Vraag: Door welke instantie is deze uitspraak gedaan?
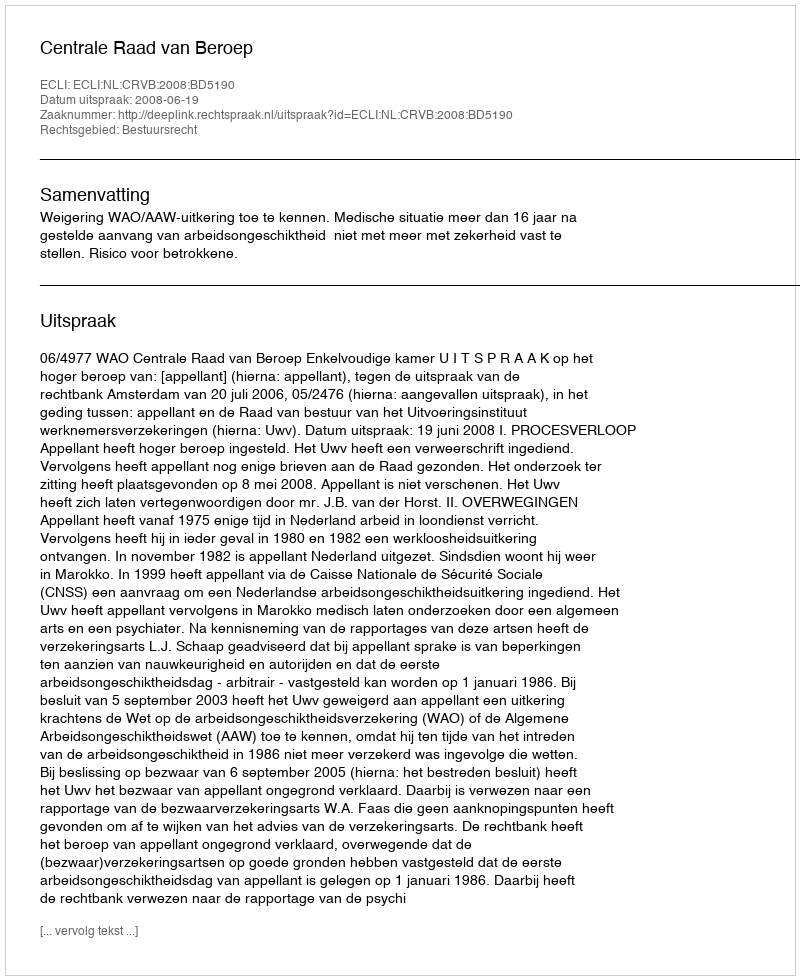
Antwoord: Centrale Raad van Beroep